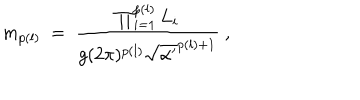
LaTeX: m _ { p ( l ) } ~ = ~ \frac { \prod _ { i = 1 } ^ { p ( l ) } L _ { i } } { g ( 2 \pi ) ^ { p ( l ) } { \sqrt { \alpha ^ { \prime } } } ^ { p ( l ) + 1 } } ~ ,